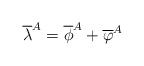
LaTeX: \begin{align*}\overline{\lambda}^{A}=\overline{\phi}^{A}+\overline{\varphi}^{A}\end{align*}